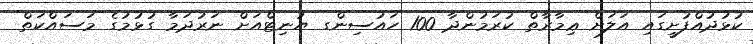
ކުޅުދުއްފުށީގައި އަލަށް ޢިމާރާތް ކުރަމުންދާ 100 ހައުސިންގ ޔުނިޓްއަށް ނަރުދަމާ ގުޅުމުގެ މަސައްކަތް